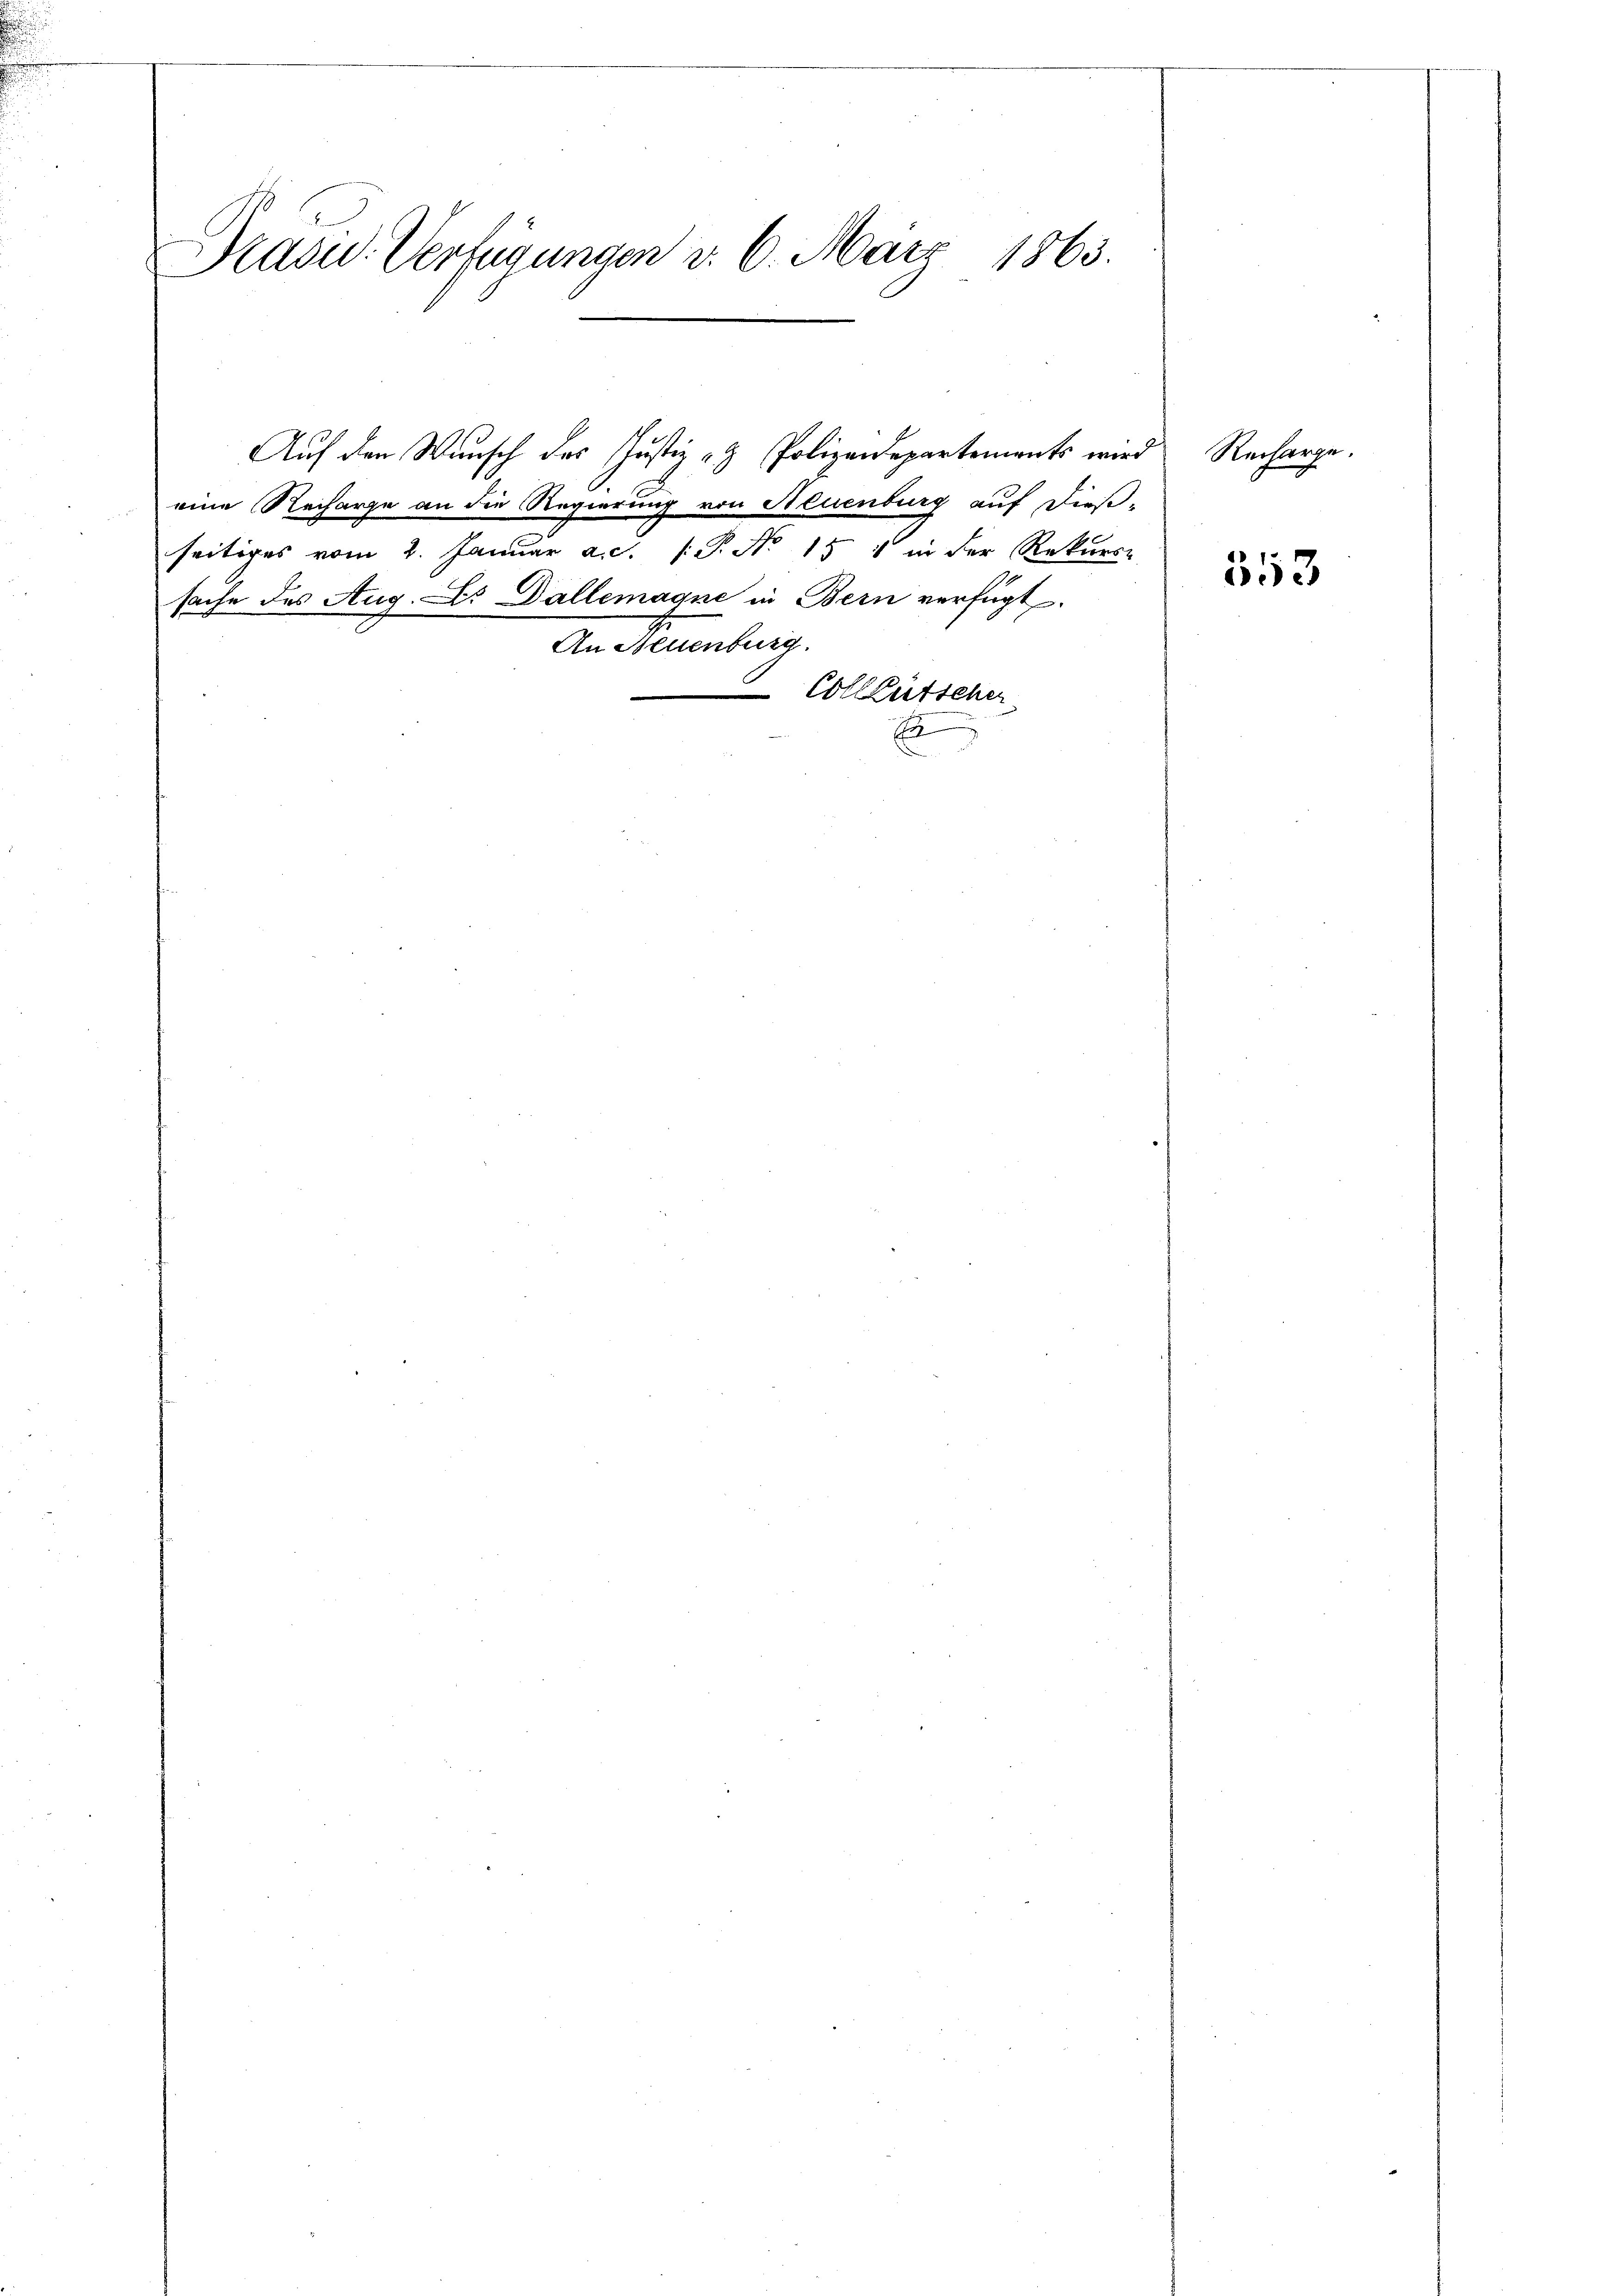
Präsid. Verfügungen d. 6. März 1863.

Auf den Wunsch des Justiz- & Polizeidepartements wird
eine Recharge an die Regierung von Neuenburg auf dieß-
seitiges vom 2. Januar a. d. 1. P. No. 151 in der Rekurse
sache des Aug. Dr Dallemaque in Bern verfügt.
An Neuenburg.
 Colleutscher
s

Recharge.
353